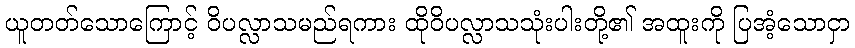
ယူတတ်သောကြောင့် ဝိပလ္လာသမည်ရကား ထိုဝိပလ္လာသသုံးပါးတို့၏ အထူးကို ပြအံ့သောငှာ